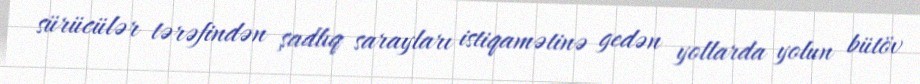
sürücülər tərəfindən şadlıq sarayları istiqamətinə gedən yollarda yolun bütöv